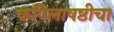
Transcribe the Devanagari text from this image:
कपिलाषष्ठीचा